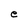
Character: e